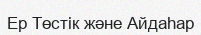
Ер Төстік және Айдаһар